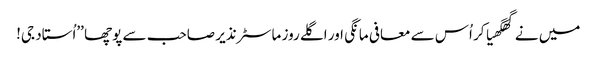
میں نے گھگھیا کر اُس سے معافی مانگی اور اگلے روز ماسٹر نذیر صاحب سے پوچھا ’’اُستاد جی!